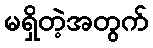
မရှိတဲ့အတွက်